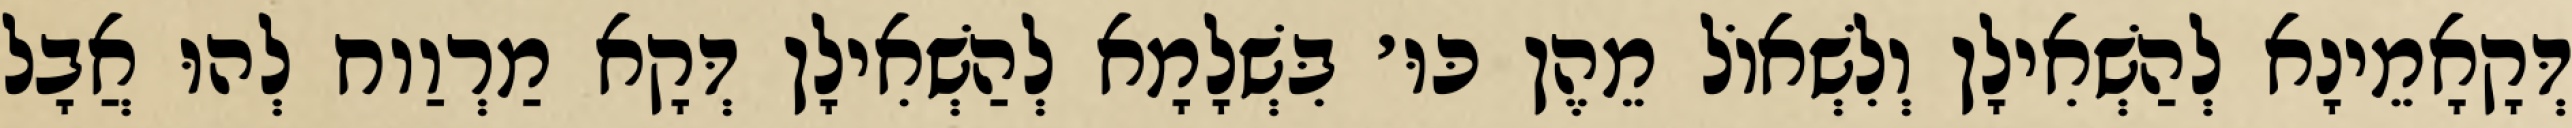
דְּקָאָמֵינָא לְהַשְׁאִילָן וְלִשְׁאוֹל מֵהֶן כּוּ׳ בִּשְׁלָמָא לְהַשְׁאִילָן דְּקָא מַרְוַוח לְהוּ אֲבָל